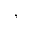
,